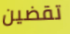
تقضين